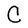
Character: C